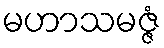
မဟာသမဇ္ဇံ